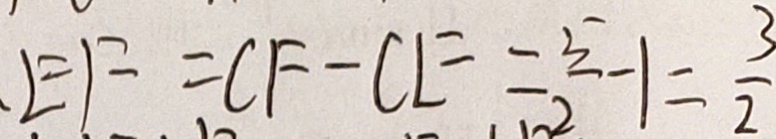
E F = C F - C E = \frac { 5 } { 2 } - 1 = \frac { 3 } { 2 }